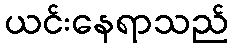
ယင်းနေရာသည်